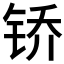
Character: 𫓱